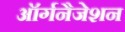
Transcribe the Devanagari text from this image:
ऑर्गनैजेशन